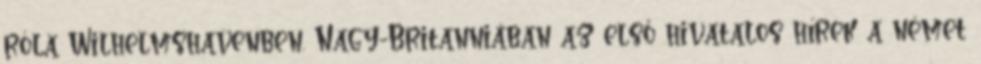
róla Wilhelmshavenben. Nagy-Britanniában az első hivatalos hírek a német